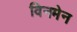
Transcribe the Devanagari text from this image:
विनमेन